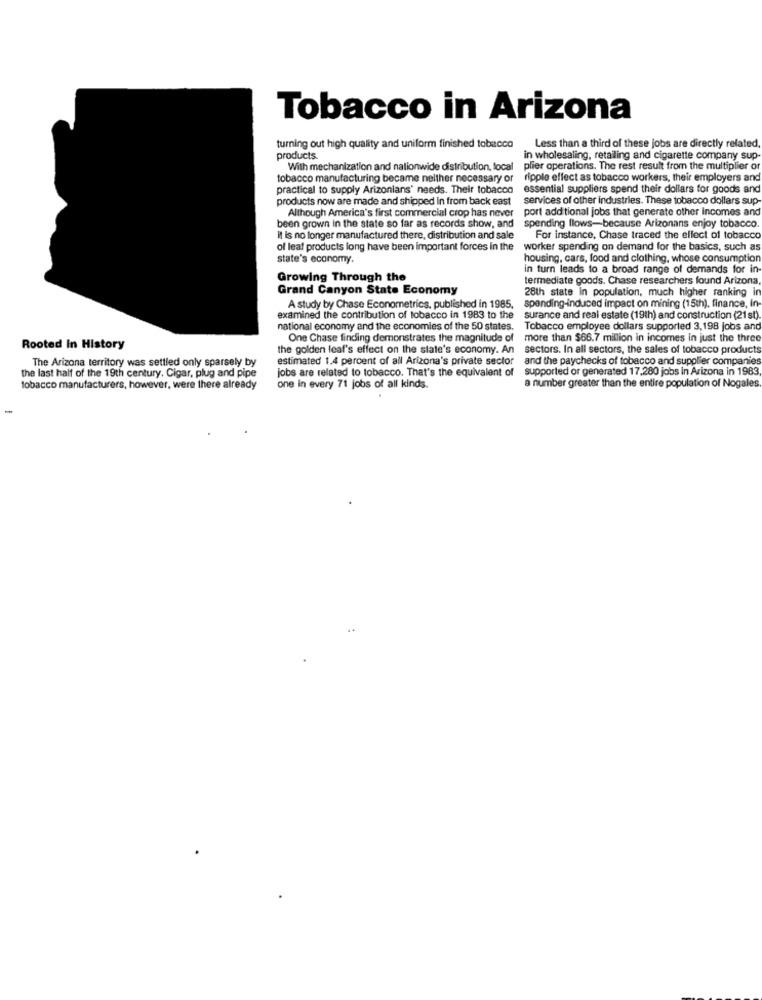
Tobacco in Arizona
turning out high quality and uniform finished tobacco
Less than a third of these jobs are directly related,
products.
in wholesaling, retailing and cigarette company sup
With mechanization and nationwide distribution, local
plier operations. The rest result from the multiplier o
tobacco manufacturing became neither necessary or
ripple effect as tobacco workers, their employers and
practical to supply Arizonians' needs. Their tobacco
essential suppliers spend their dollars for goods and
products now are made and shipped in from back east
services of other industries. These tobacco dollars sup-
Although America's first commercial crop has never
port additional jobs that generate other Incomes and
been grown in the state so far as records show, and
spending flows-because Arizonans enjoy tobacco
it Is no longer manufactured there, distribution and sale
For instance, Chase traced the effect of tobacco
of leaf products long have been important forces in the worker spending on demand for the basics, such as
state's economy
housing, cars, food and clothing, whose consumption
in turn leads to a broad range of demands for in
Growing Through the
termediate goods. Chase researchers found Arizona,
Grand Canyon State Economy
28th state in population, much higher ranking in
A study by Chase Econometrics, published in 1985,
spending-induced impact on mining (15th), finance, in-
examined the contribution of tobacco in 1983 to the
surance and real estate (19th) and construction (21 st).
national economy and the economies of the 50 states.
Tobacco employee dollars supported 3,198 jobs and
One Chase finding demonstrates the magnitude of
more than $66.7 million in incomes in just the three
Rooted In History
the golden leaf's effect on the state's economy. An
sectors. In all sectors, the sales of tobacco products
The Arizona territory was settled only sparsely by
estimated 1.4 percent of all Arizona's private sector
and the paychecks of tobacco and supplier companies
jobs are related to tobacco. That's the equivalent of
supported or generated 17,280 jobs in Arizona in 1983
the last half of the 19th century. Cigar, plug and pipe
a number greater than the entire population of Nogales
tobacco manufacturers, however, were there already
one in every 71 jobs of all kinds.
-